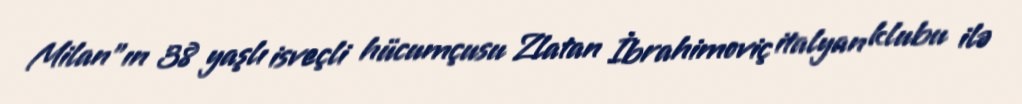
Milan"ın 38 yaşlı isveçli hücumçusu Zlatan İbrahimoviç italyan klubu ilə